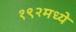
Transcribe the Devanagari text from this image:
१९२मध्ये